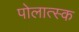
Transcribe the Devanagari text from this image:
पोलात्स्क